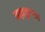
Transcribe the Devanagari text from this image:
ब्रह्मकुमार